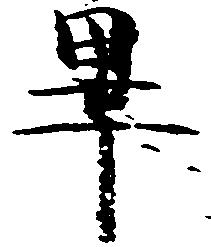
畢